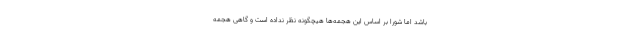
باشد اما شورا بر اساس این هجمه‌ها هیچگونه نظر نداده است و گاهی هجمه